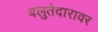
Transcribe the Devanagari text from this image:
बलुतेदारावर